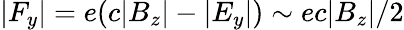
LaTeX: |F_{y}|=e(c|B_{z}|-|E_{y}|)\sim ec|B_{z}|/2